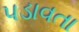
પડાવતા